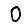
Digit: 0